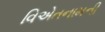
વિએતનામની